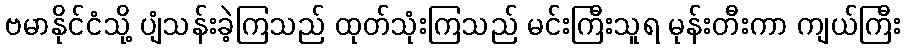
ဗမာနိုင်ငံသို့ ပျံသန်းခဲ့ကြသည် ထုတ်သုံးကြသည် မင်းကြီးသူရ မုန်းတီးကာ ကျယ်ကြီး